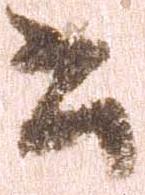
書